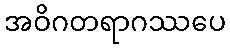
အဝိဂတရာဂဿပေ